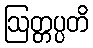
ဩတ္တပ္ပတိ